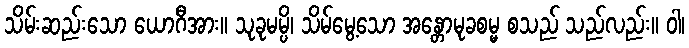
သိမ်းဆည်းသော ယောဂီအား။ သုခုမမ္ပိ၊ သိမ်မွေ့သော အန္တောမုခစမ္မ စသည် သည်လည်း။ ဝါ၊